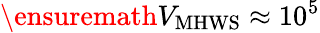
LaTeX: \ensuremath{V_{\mathrm{MHWS}}}\approx 10^{5}